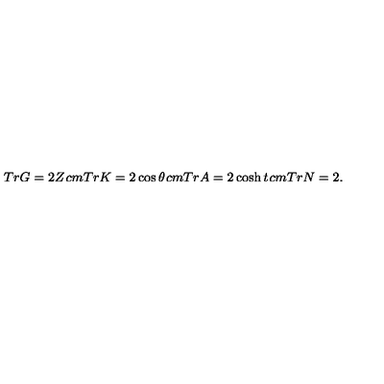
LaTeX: T r G = 2 Z \hspace * { 1 c m } T r K = 2 \cos { \theta } \hspace * { 1 c m } T r A = 2 \cosh { t } \hspace * { 1 c m } T r N = 2 .